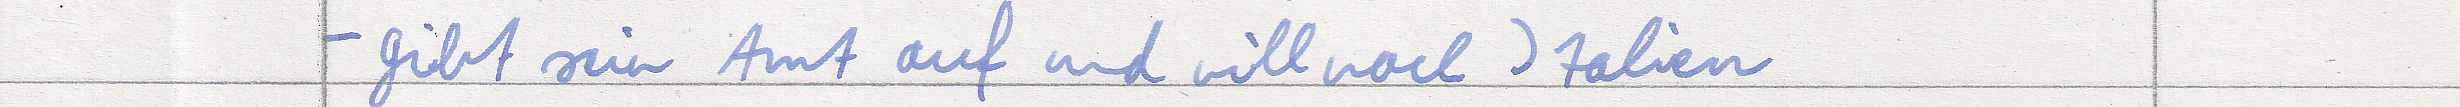
- gibt sein Amt auf und will nach Italien